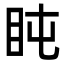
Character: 盹